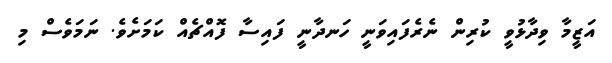
އަޒީމާ ވިދާޅުވީ ކުރިން ނެރެފައިވަނީ ހަނދާނީ ފައިސާ ފޮއްޗެއް ކަމަށެވެ. ނަމަވެސް މި